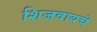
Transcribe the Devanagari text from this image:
शिजवायचे